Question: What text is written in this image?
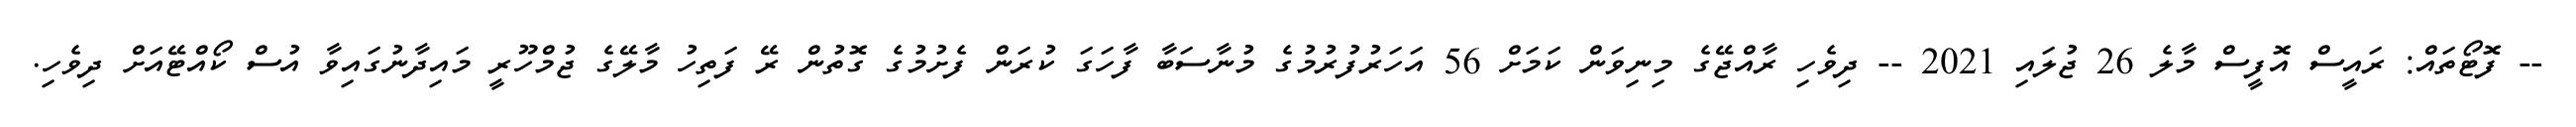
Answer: -- ފޮޓޯތައް: ރައީސް އޮފީސް މާލެ 26 ޖުލައި 2021 -- ދިވެހި ރާއްޖޭގެ މިނިވަން ކަމަށް 56 އަހަރުފުރުމުގެ މުނާސަބާ ފާހަގަ ކުރަން ފެށުމުގެ ގޮތުން ރޭ ފަތިހު މާލޭގެ ޖުމްހޫރީ މައިދާނުގައިވާ އުސް ކޯއްޓޭއަށް ދިވެހި.